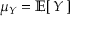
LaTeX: \mu _ { Y } = \operatorname { \mathbb { E } } [ \, Y \, ]